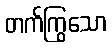
တက်ကြွသော